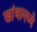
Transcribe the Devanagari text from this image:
खांबामध्ये